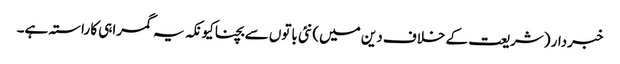
خبردار (شریعت کے خلاف دین میں) نئی باتوں سے بچنا کیونکہ یہ گمراہی کا راستہ ہے۔